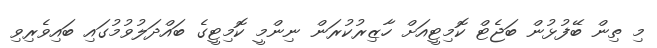
މި ތިން ބޭފުޅުން ބަޖެޓް ކޮމިޓީއަށް ހާޒިރުކުރަން ނިންމީ ކޮމިޓީގެ ބައްދަލުވުމުގައި ބައިވެރިވި